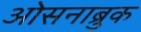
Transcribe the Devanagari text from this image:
ओसनाब्रुक